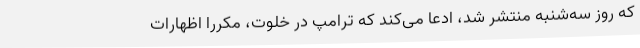
که روز سه‌شنبه منتشر شد، ادعا می‌کند که ترامپ در خلوت، مکرراً اظهارات